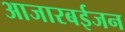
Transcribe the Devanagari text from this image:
आजारबईजन